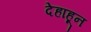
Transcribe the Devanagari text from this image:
देहाहून